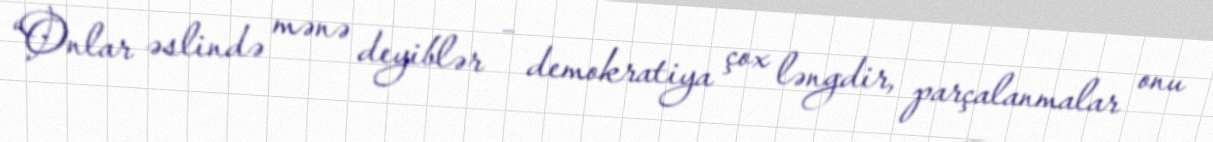
“Onlar əslində mənə deyiblər – demokratiya çox ləngdir, parçalanmalar onu